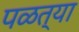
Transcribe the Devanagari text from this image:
पळत्या